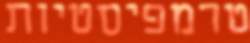
טרמפיסטיות